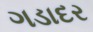
ગડાદર